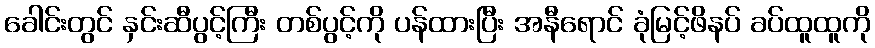
ခေါင်းတွင် နှင်းဆီပွင့်ကြီး တစ်ပွင့်ကို ပန်ထားပြီး အနီရောင် ခုံမြင့်ဖိနပ် ခပ်ထူထူကို